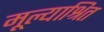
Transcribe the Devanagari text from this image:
मूल्याश्रित